Indian journal of veterinary science and animal husbandry - Volumes 24-25, 1954-1955
Year: 1954
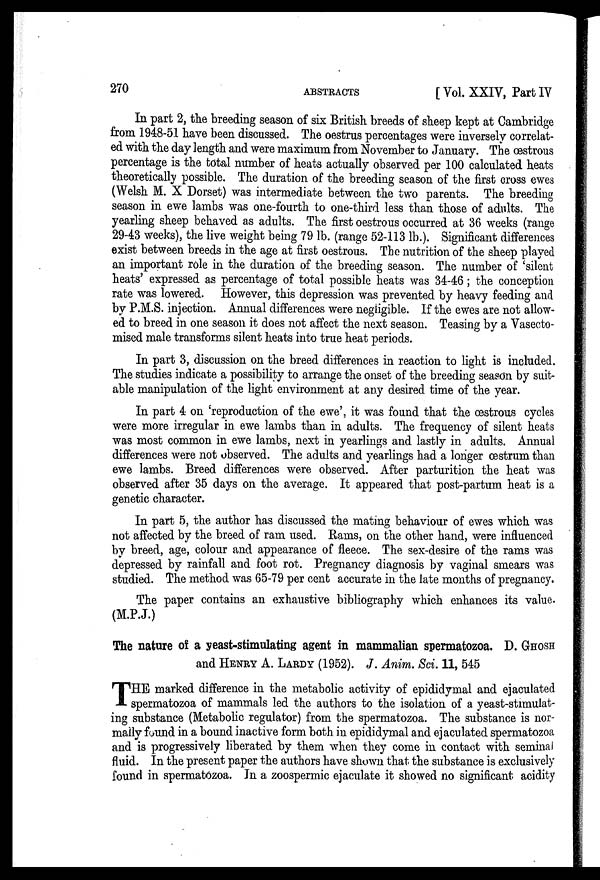
270
ABSTRACTS
[ Vol. XXIV, Part IV
In part 2, the breeding season of six British breeds of sheep kept at Cambridge
from 1948-51 have been discussed. The oestrus percentages were inversely correlat-
ed with the day length and were maximum from November to January. The œstrous
percentage is the total number of heats actually observed per 100 calculated heats
theoretically possible. The duration of the breeding season of the first cross ewes
(Welsh M. X Dorset) was intermediate between the two parents. The breeding
season in ewe lambs was one-fourth to one-third less than those of adults. The
yearling sheep behaved as adults. The first oestrous occurred at 36 weeks (range
29-43 weeks), the live weight being 79 lb. (range 52-113 lb.). Significant differences
exist between breeds in the age at first oestrous. The nutrition of the sheep played
an important role in the duration of the breeding season. The number of 'silent
heats' expressed as percentage of total possible heats was 34-46 ; the conception
rate was lowered. However, this depression was prevented by heavy feeding and
by P.M.S. injection. Annual differences were negligible. If the ewes are not allow-
ed to breed in one season it does not affect the next season. Teasing by a Vasecto-
mised male transforms silent heats into true heat periods.
In part 3, discussion on the breed differences in reaction to light is included.
The studies indicate a possibility to arrange the onset of the breeding season by suit-
able manipulation of the light environment at any desired time of the year.
In part 4 on 'reproduction of the ewe', it was found that the œstrous cycles
were more irregular in ewe lambs than in adults. The frequency of silent heats
was most common in ewe lambs, next in yearlings and lastly in adults. Annual
differences were not observed. The adults and yearlings had a longer œstrum than
ewe lambs. Breed differences were observed. After parturition the heat was
observed after 35 days on the average. It appeared that post-partum heat is a
genetic character.
In part 5, the author has discussed the mating behaviour of ewes which was
not affected by the breed of ram used. Rams, on the other hand, were influenced
by breed, age, colour and appearance of fleece. The sex-desire of the rams was
depressed by rainfall and foot rot. Pregnancy diagnosis by vaginal smears was
studied. The method was 65-79 per cent accurate in the late months of pregnancy.
The paper contains an exhaustive bibliography which enhances its value.
(M.P.J.)
The nature of a yeast-stimulating agent in mammalian spermatozoa. D. GHOSH
and HENRY A. LARDY (1952). J. Anim. Sci. 11, 545
T HE marked difference in the metabolic activity of epididymal and ejaculated
spermatozoa of mammals led the authors to the isolation of a yeast-stimulat-
ing substance (Metabolic regulator) from the spermatozoa. The substance is nor-
mally found in a bound inactive form both in epididymal and ejaculated spermatozoa
and is progressively liberated by them when they come in contact with seminal
fluid. In the present paper the authors have shown that the substance is exclusively
found in spermatozoa. In a zoospermic ejaculate it showed no significant acidity